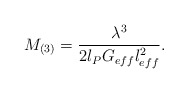
\begin{align*}M_{(3)}=\frac{\lambda^3}{2l_P G_{eff}l_{eff}^2}.\end{align*}